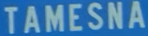
TAMESNA